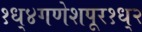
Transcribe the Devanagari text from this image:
१ध्४गणेशपूर१ध्२